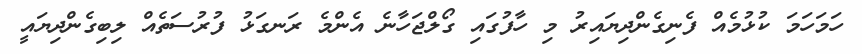
ހަމަހަމަ ކުޅުމެއް ފެނިގެންދިޔައިރު މި ހާފުގައި ގޯލްޖަހާނެ އެންމެ ރަނގަޅު ފުރުސަތެއް ލިބިގެންދިޔައީ